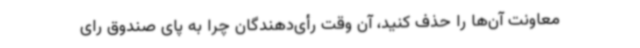
معاونت آن‌ها را حذف کنید، آن وقت رأی‌دهندگان چرا به پای صندوق رای